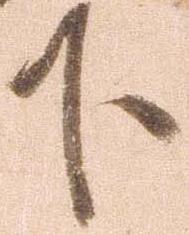
下